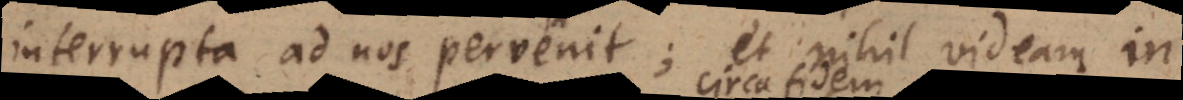
interrupta ad nos pervenit;et nihil videam in